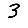
Digit: 3